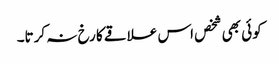
کوئی بھی شخص اس علاقے کا رخ نہ کرتا۔